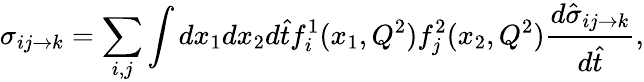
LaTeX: \sigma_{ij\rightarrow k}=\sum_{i,j}\int dx_{1}dx_{2}d{\hat{t}}f_{i}^{1}(x_{1},Q^{2})f_{j}^{2}(x_{2},Q^{2}){\frac{d{\hat{\sigma}}_{ij\rightarrow k}}{d{\hat{t}}}},